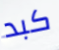
كبد